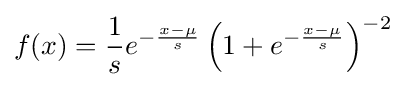
f(x)={\frac {1}{s}}e^{-{\frac {x-\mu }{s}}}\left(1+e^{-{\frac {x-\mu }{s}}}\right)^{-2}